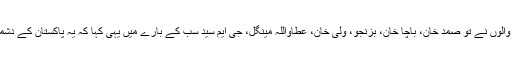
کہنے والوں نے تو صمد خان، باچا خان، بزنجو، ولی خان، عطاواللہ مینگل، جی ایم سید سب کے بارے میں یہی کہا کہ یہ پاکستان کے دشمن ہیں۔